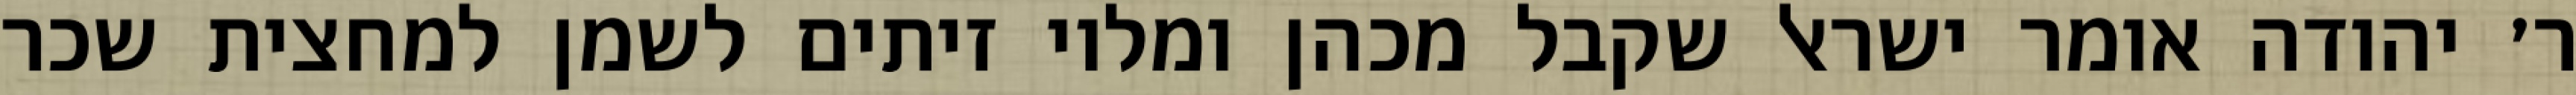
ר׳ יהודה אומר ישראל שקבל מכהן ומלוי זיתים לשמן למחצית שכר